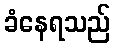
ခံနေရသည်